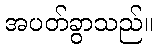
အပတ်ခွာသည်။